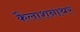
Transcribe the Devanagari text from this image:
कैलाशनाथर